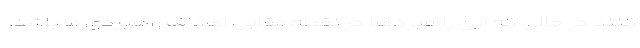
کنند در حالی که این راهبردها در نقطه مقابل اهداف راهبردی ما باشد،